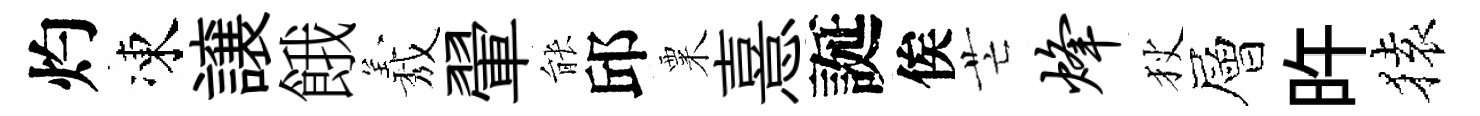
灼凍譲餓𦏁翬䏻邱粟憙誕俟芒烽狄層旿𫞤